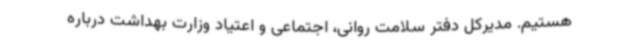
هستیم. مدیرکل دفتر سلامت روانی، اجتماعی و اعتیاد وزارت بهداشت درباره